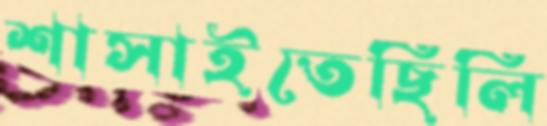
শাসাইতেছিলি